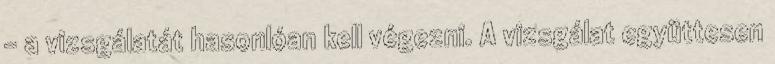
- a vizsgálatát hasonlóan kell végezni. A vizsgálat együttesen